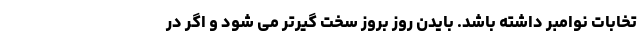
تخابات نوامبر داشته باشد. بایدن روز بروز سخت گیرتر می شود و اگر در